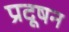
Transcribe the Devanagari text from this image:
प्रदूषन